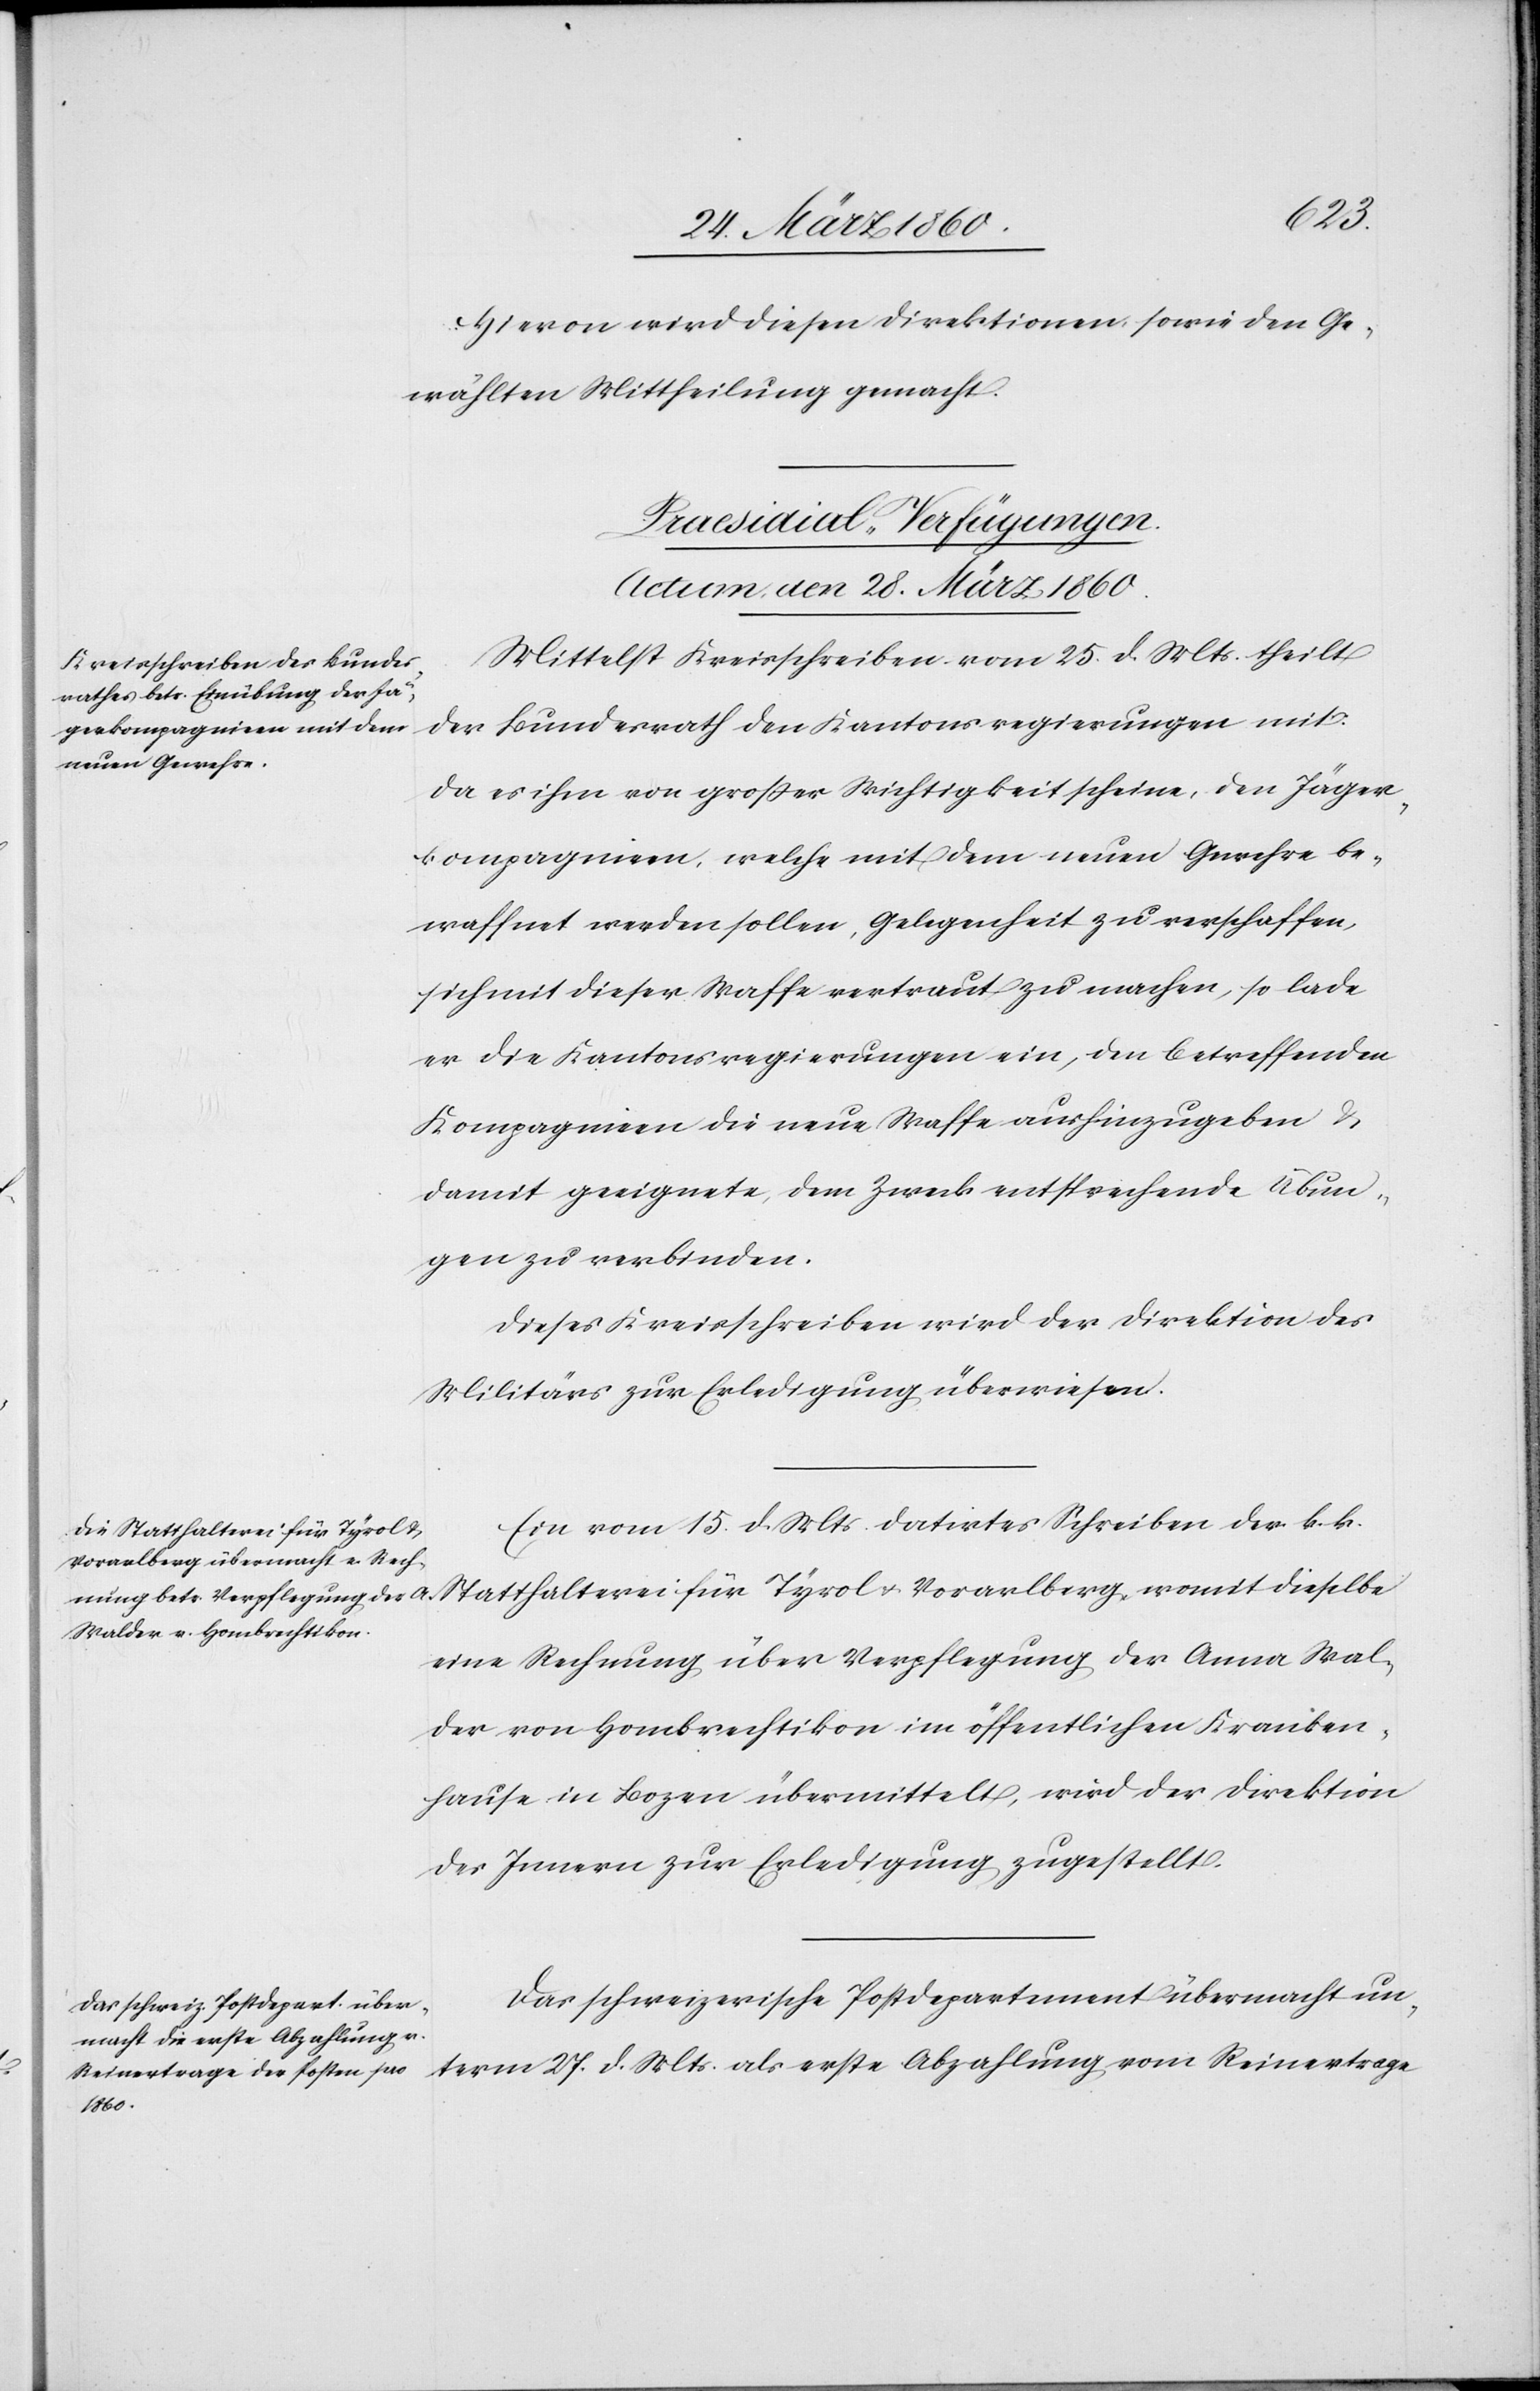
Hievon wird diesen Direktionen sowie den Ge¬
wählten Mittheilung gemacht.
[Praesidial-Verfügungen.
Actum, den 28. März 1860.]
Mittelst Kreisschreiben vom 25. d. Mts. theilt
der Bundesrath den Kantonsregierungen mit:
Da es ihm von grosser Wichtigkeit scheine, den Jäger¬
kompagnien, welche mit dem neuen Gewehre be¬
waffnet werden sollen, Gelegenheit zu verschaffen,
sich mit dieser Waffe vertraut zu machen, so lade
er die Kantonsregierungen ein, den betreffenden
Kompagnien die neue Waffe aushinzugeben u.
damit geeignete, dem Zweck entsprechende Übun¬
gen zu verbinden.
Dieses Kreisschreiben wird der Direktion des
Militärs zur Erledigung überwiesen.
Ein vom 15. d. Mts. datirtes Schreiben der k. k.
Statthalterei für Tyrol u.
eine Rechnung über Verpflegung der Anna Wal¬
der von Hombrechtikon im öffentlichen Kranken¬
hause in Bozen übermittelt, wird der Direktion
des Innern zur Erledigung zugestellt.
Das schweizerische Postdepartement übermacht un¬
term 27. d. Mts. als erste Abzahlung vom Reinertrage